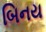
બિનય